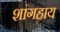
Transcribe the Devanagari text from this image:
शांगहाय